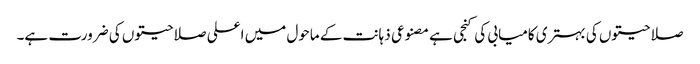
صلاحیتوں کی بہتری کامیابی کی کنجی ہے مصنوعی ذہانت کے ماحول میں اعلی صلاحیتوں کی ضرورت ہے۔